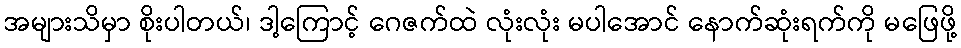
အများသိမှာ စိုးပါတယ်၊ ဒါ့ကြောင့် ဂေဇက်ထဲ လုံးလုံး မပါအောင် နောက်ဆုံးရက်ကို မဖြေဖို့